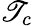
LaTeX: \mathscr{T}_{c}